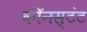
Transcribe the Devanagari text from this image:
कॉनस्टंट